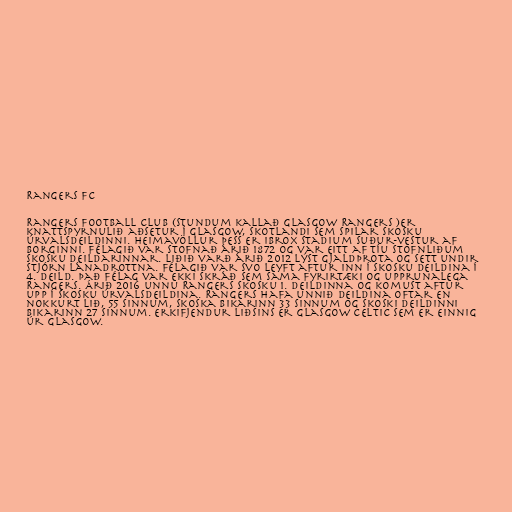
Rangers FC

Rangers Football Club (stundum kallað Glasgow Rangers )er
knattspyrnulið aðsetur í Glasgow, Skotlandi sem spilar skosku
úrvalsdeildinni. Heimavöllur þess er Ibrox Stadium suður-vestur af
borginni. Félagið var stofnað árið 1872 og var eitt af tíu stofnliðum
skosku deildarinnar. Liðið varð árið 2012 lýst gjaldþrota og sett undir
stjórn lánadrottna. Félagið var svo leyft aftur inn í skosku deildina í
4. deild. Það félag var ekki skráð sem sama fyrirtæki og upprunalega
Rangers. Árið 2016 unnu Rangers skosku 1. deildinna og komust aftur
upp í skosku úrvalsdeildina. Rangers hafa unnið deildina oftar en
nokkurt lið, 55 sinnum, skoska bikarinn 33 sinnum og skoski deildinni
bikarinn 27 sinnum. Erkifjendur liðsins er Glasgow Celtic sem er einnig
úr Glasgow.